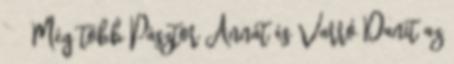
Még több Pásztor Annát és Varró Danit az